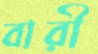
বারী